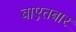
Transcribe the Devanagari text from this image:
बाएतबार